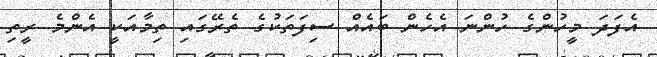
އެފަދަ މީހުންގެ ހުންނަ އެހެން ބައެއް ސިފަތަކުގެ ތެރޭގައި ތިމާއަކީ އެންމެ ރީތި